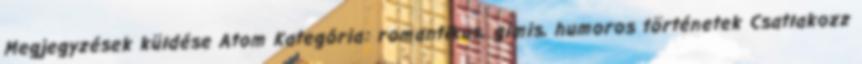
Megjegyzések küldése Atom Kategória: romantikus, gimis, humoros történetek Csatlakozz